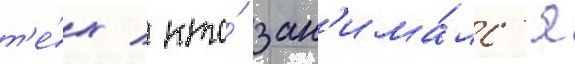
т'е́х / кто́ зан'има́лс'я